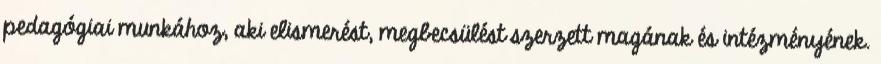
pedagógiai munkához, aki elismerést, megbecsülést szerzett magának és intézményének.